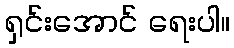
ရှင်းအောင် ရေးပါ။